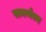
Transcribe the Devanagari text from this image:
समर्थस्य